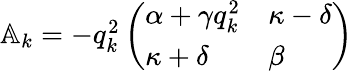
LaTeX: \begin{array}{r}{\mathbb{A}_{k}=-q_{k}^{2}\left(\begin{array}{ll}{\alpha+\gamma q_{k}^{2}}&{\kappa-\delta}\\ {\kappa+\delta}&{\beta}\end{array}\right)\, }\end{array}